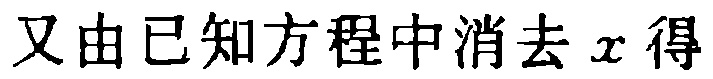
又由已知方程中消去 \(x\) 得